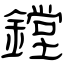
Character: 鏜